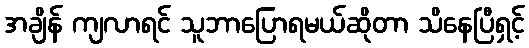
အချိန် ကျလာရင် သူဘာပြောရမယ်ဆိုတာ သိနေပြီရှင့်